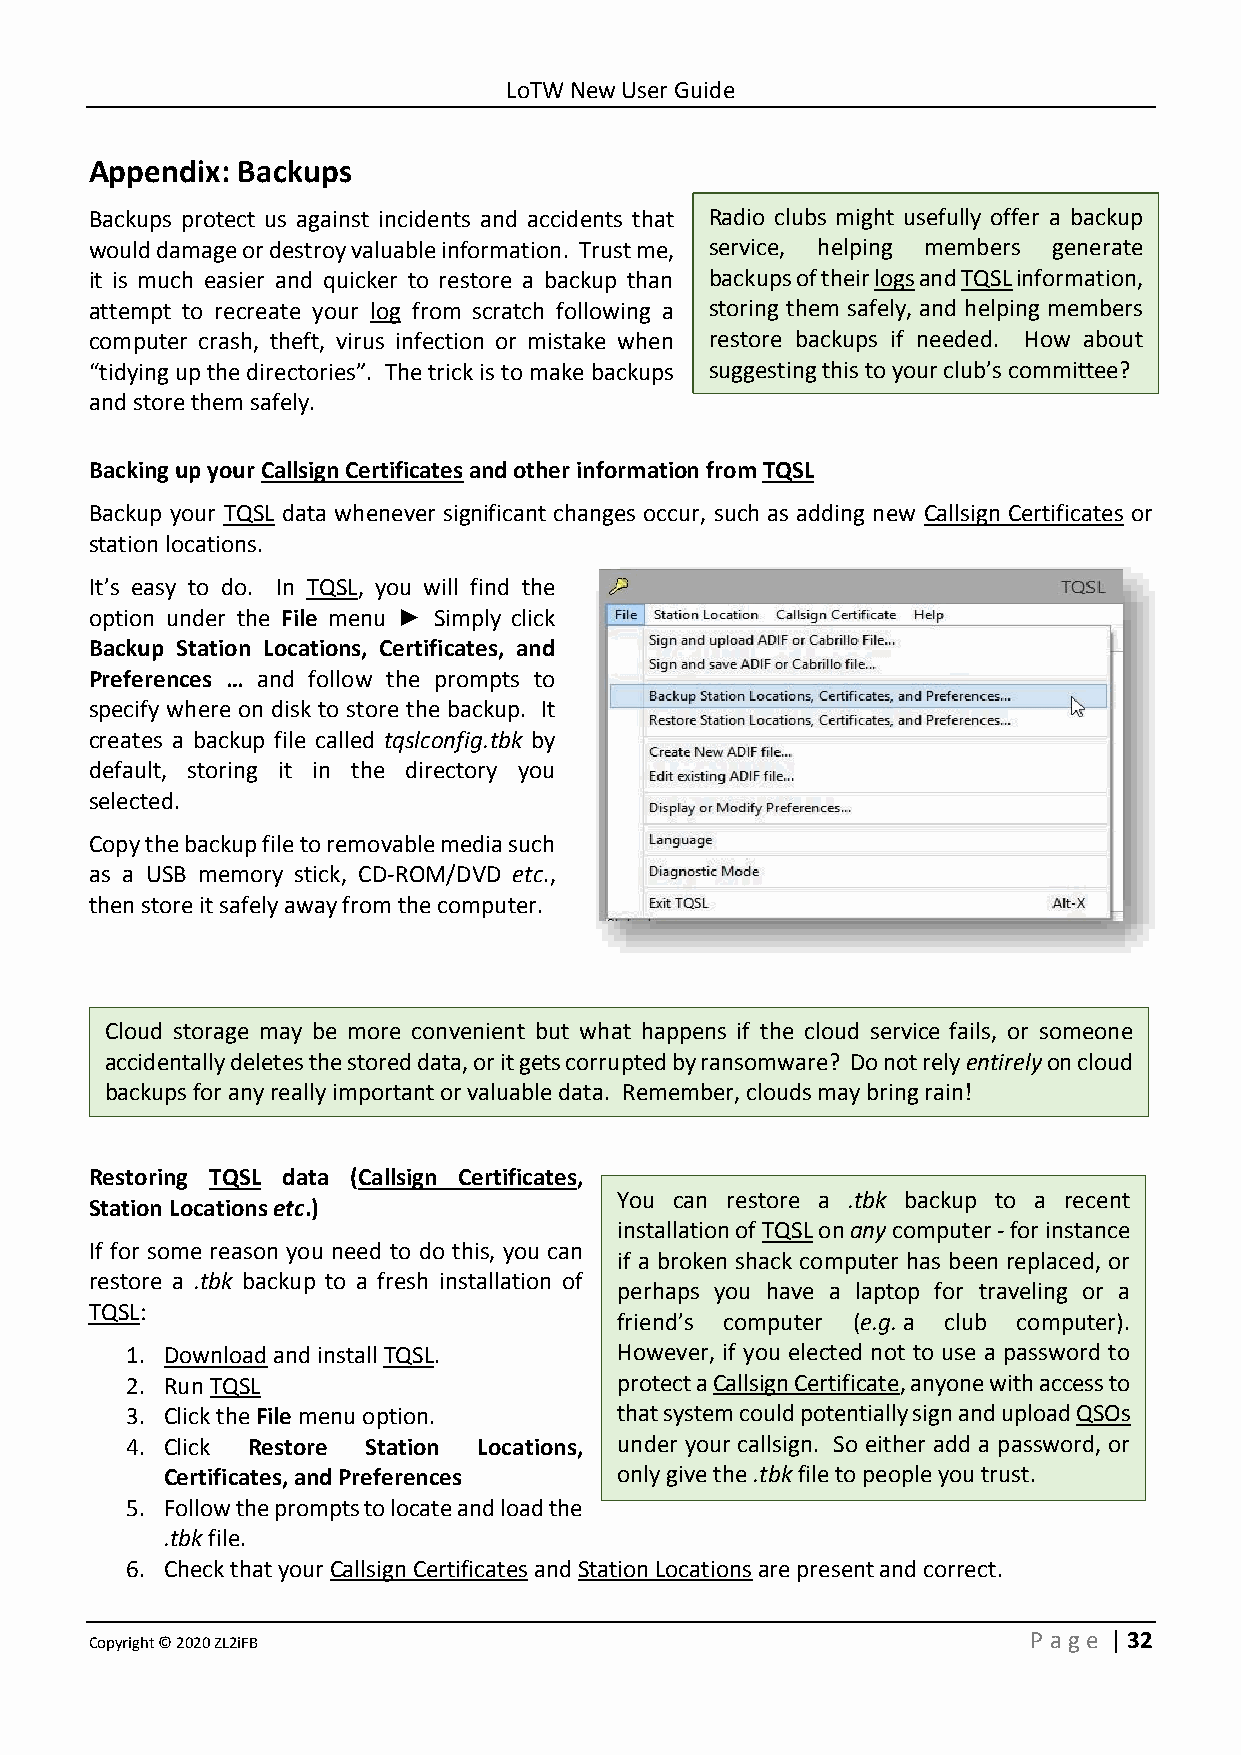
LoTW New User Guide
 Appendix: Backups
 Backups protect us against incidents and accidents that Radio clubs might usefully offer a backup
 would damage or destroy valuable information. Trust me, service, helping members generate
 it is much easier and quicker to restore a backup than backups of their logs and TQSL information,
 attempt to recreate your log from scratch following a storing them safely, and helping members
 computer crash, theft, virus infection or mistake when restore backups if needed. How about
 “tidying up the directories”. The trick is to make backups suggesting this to your club’s committee?
 and store them safely.
 Backing up your Callsign Certificates and other information from TQSL
 Backup your TQSL data whenever significant changes occur, such as adding new Callsign Certificates or
 station locations.
 It’s easy to do. In TQSL, you will find the
 option under the File menu ► Simply click
 Backup Station Locations, Certificates, and
 Preferences … and follow the prompts to
 specify where on disk to store the backup. It
 creates a backup file called tqslconfig.tbk by
 default, storing it in the directory you
 selected.
 Copy the backup file to removable media such
 as a USB memory stick, CD-ROM/DVD etc.,
 then store it safely away from the computer.
 Cloud storage may be more convenient but what happens if the cloud service fails, or someone
 accidentally deletes the stored data, or it gets corrupted by ransomware? Do not rely entirely on cloud
 backups for any really important or valuable data. Remember, clouds may bring rain!
 Restoring TQSL data (Callsign Certificates,
 You can restore a .tbk backup to a recent
 Station Locations etc.)
 installation of TQSL on any computer - for instance
 If for some reason you need to do this, you can
 if a broken shack computer has been replaced, or
 restore a .tbk backup to a fresh installation of
 perhaps you have a laptop for traveling or a
 TQSL:
 friend’s computer (e.g. a club computer).
 1. Download and install TQSL.    However, if you elected not to use a password to
 2. Run TQSL                      protect a Callsign Certificate, anyone with access to
 3. Click the File menu option.   that system could potentially sign and upload QSOs
 4. Click Restore Station Locations, under your callsign. So either add a password, or
 Certificates, and Preferences only give the .tbk file to people you trust.
 5. Follow the prompts to locate and load the
 .tbk file.
 6. Check that your Callsign Certificates and Station Locations are present and correct.
 Copyright © 2020 ZL2iFB                                       P age | 32